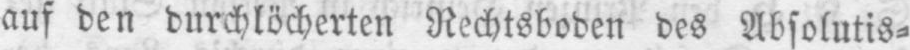
auf den durchlöcherten Rechtsboden des Absolutis⸗